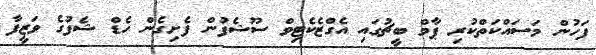
ފަހުން މަސައްކަތްކުރި ޕާމް ބީޗުގައި އެގްޒެކެޓިވް ސޫޝެފުން ފެށިގެން ހެޑް ޝެފުގެ ވަޒީފާ